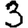
Digit: 3